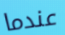
عندما